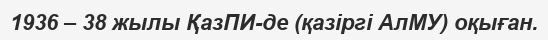
1936 – 38 жылы ҚазПИ-де (қазіргі АлМУ) оқыған.